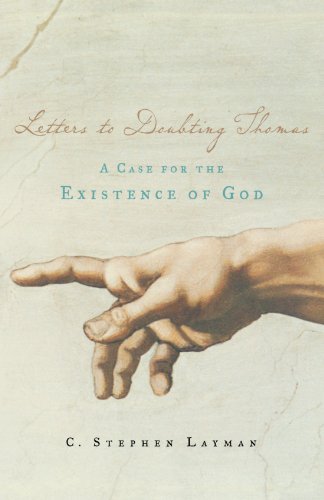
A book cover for Letters to Doubting Thomas: A Case for the Existence of God; C. Stephen Layman; Religion & Spirituality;